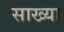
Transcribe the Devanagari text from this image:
साख्या